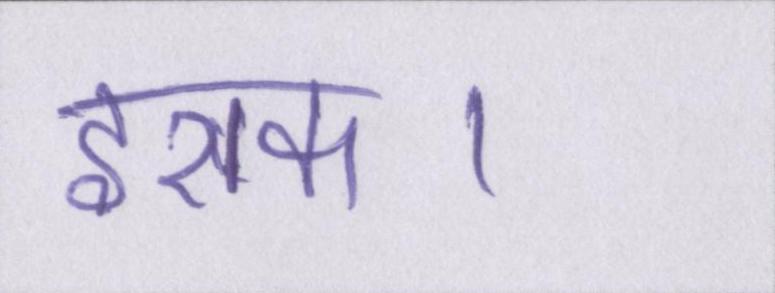
इराक।